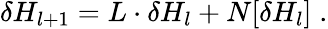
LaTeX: \delta H_{l+1}=L\cdot\delta H_{l}+N[\delta H_{l}]\; .